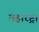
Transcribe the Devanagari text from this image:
महारष्ट्रा